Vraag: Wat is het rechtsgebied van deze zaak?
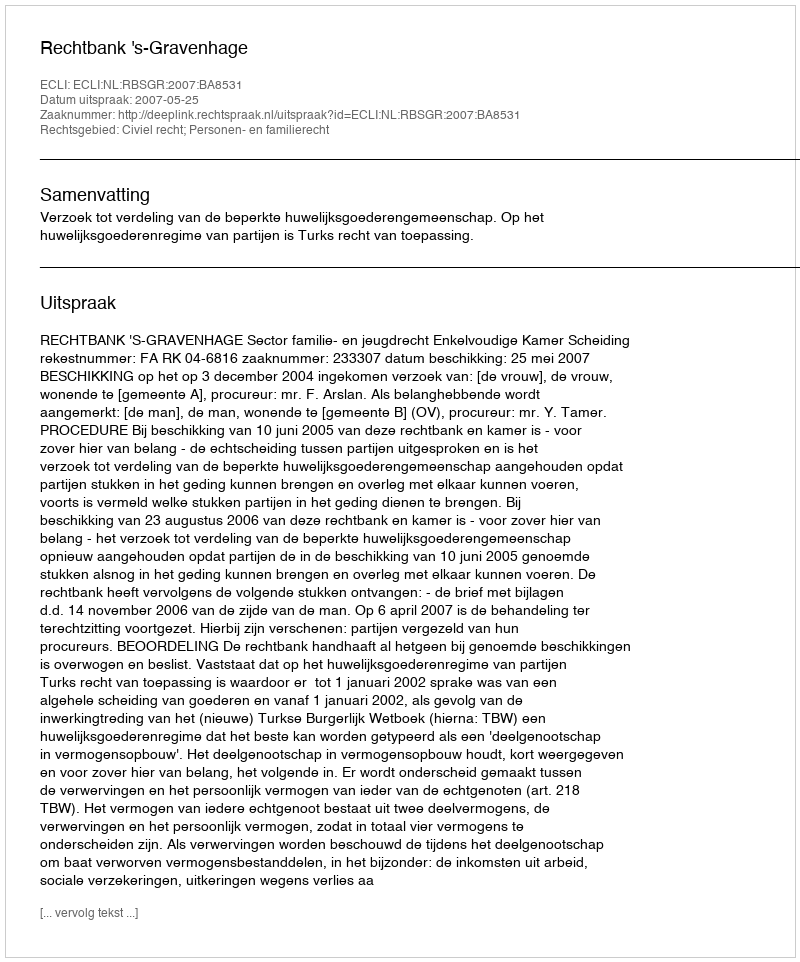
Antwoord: Civiel recht; Personen- en familierecht